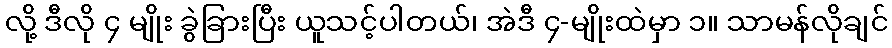
လို့ ဒီလို ၄ မျိုး ခွဲခြားပြီး ယူသင့်ပါတယ်၊ အဲဒီ ၄-မျိုးထဲမှာ ၁။ သာမန်လိုချင်